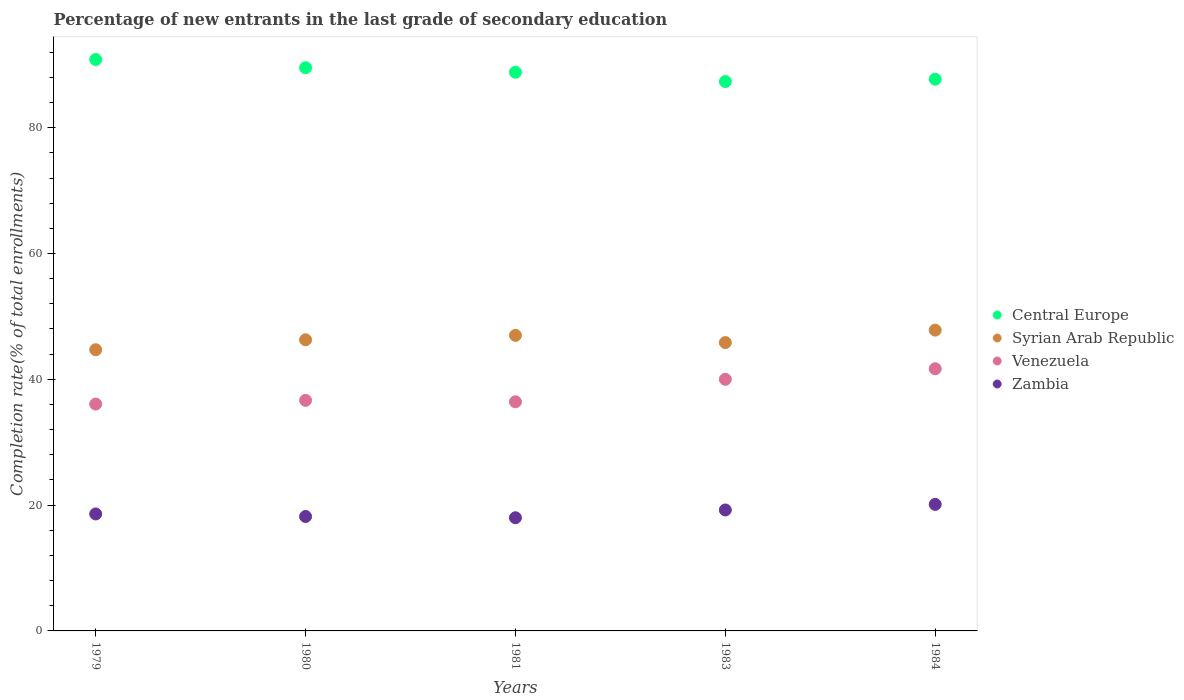
| Years | Central Europe | Syrian Arab Republic | Venezuela | Zambia |
 | --- | --- | --- | --- | --- |
 | 1979 | 90.8 | 44.7 | 36.1 | 18.6 |
 | 1980 | 89.5 | 46.3 | 36.7 | 18.2 |
 | 1981 | 88.8 | 47 | 36.4 | 18 |
 | 1983 | 87.3 | 45.8 | 40 | 19.2 |
 | 1984 | 87.7 | 47.8 | 41.7 | 20.1 |